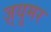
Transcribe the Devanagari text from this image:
ज़्यूमर